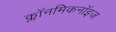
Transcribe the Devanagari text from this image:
क्लॉनमिकनॉइज